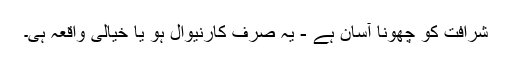
شرافت کو چھونا آسان ہے - یہ صرف کارنیوال ہو یا خیالی واقعہ ہی۔